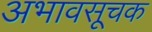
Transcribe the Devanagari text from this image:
अभावसूचक